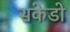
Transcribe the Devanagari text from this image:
सकेडो